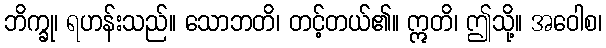
ဘိက္ခု၊ ရဟန်းသည်။ သောဘတိ၊ တင့်တယ်၏။ ဣတိ၊ ဤသို့။ အဝေါစ၊